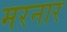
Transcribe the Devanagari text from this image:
मरनार